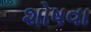
શોષવા